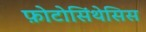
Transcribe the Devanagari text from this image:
फ़ोटोसिंथेसिस